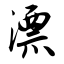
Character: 漂